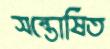
সন্তোষিত